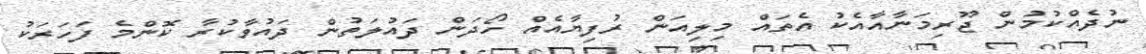
ނުދެއްކުމުން ޖޫރިމަނާއާއެކު އެތައް މިލިއަން ރުފިޔާއެއް ހޯދަން ދައުލަތުން ދައުވާކުރާ ކޮންމެ ފަހަރަކު